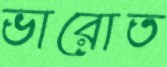
ভারোত